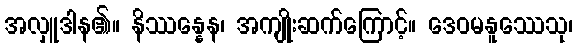
အလှူဒါန၏။ နိဿန္နေန၊ အကျိုးဆက်ကြောင့်။ ဒေဝမနူဿေသု၊